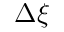
\Delta \xi